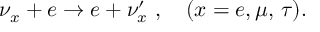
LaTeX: \nu _ { x } + e \to e + \nu _ { x } ^ { \prime } \ , \quad ( x = e , \mu , \, \tau ) .